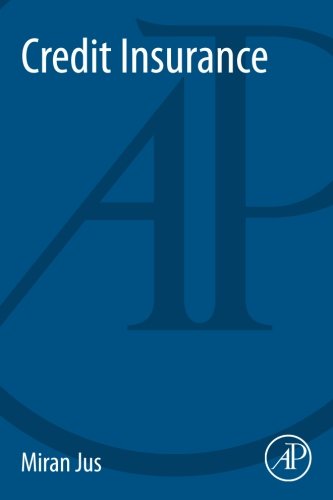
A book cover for Credit Insurance; Miran Jus; Business & Money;